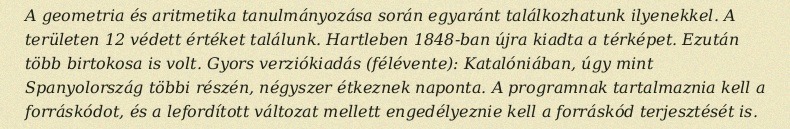
A geometria és aritmetika tanulmányozása során egyaránt találkozhatunk ilyenekkel. A területen 12 védett értéket találunk. Hartleben 1848-ban újra kiadta a térképet. Ezután több birtokosa is volt. Gyors verziókiadás (félévente): Katalóniában, úgy mint Spanyolország többi részén, négyszer étkeznek naponta. A programnak tartalmaznia kell a forráskódot, és a lefordított változat mellett engedélyeznie kell a forráskód terjesztését is.